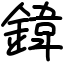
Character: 鍏